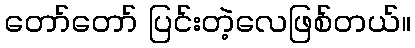
တော်တော် ပြင်းတဲ့လေဖြစ်တယ်။